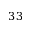
3 3